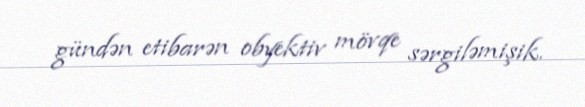
gündən etibarən obyektiv mövqe sərgiləmişik.